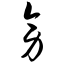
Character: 旁